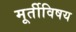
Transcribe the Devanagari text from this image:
मूर्तीविषय